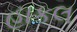
હાકલ